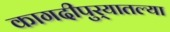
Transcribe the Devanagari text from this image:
कागदीपुर्‍यातल्या